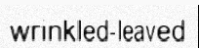
wrinkled-leaved